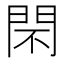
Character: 𨳫